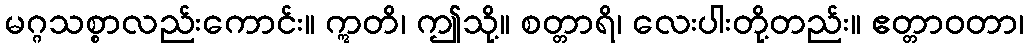
မဂ္ဂသစ္စာလည်းကောင်း။ ဣတိ၊ ဤသို့။ စတ္တာရိ၊ လေးပါးတို့တည်း။ ဧတ္တာဝတာ၊